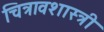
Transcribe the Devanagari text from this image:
चित्रावशास्त्री